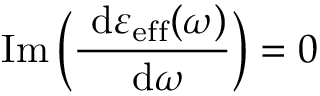
\operatorname { I m } \Big ( \frac { \ \mathrm { d } \varepsilon _ { \mathrm { e f f } } ( \omega ) } { \ \mathrm { d } \omega } \Big ) = 0